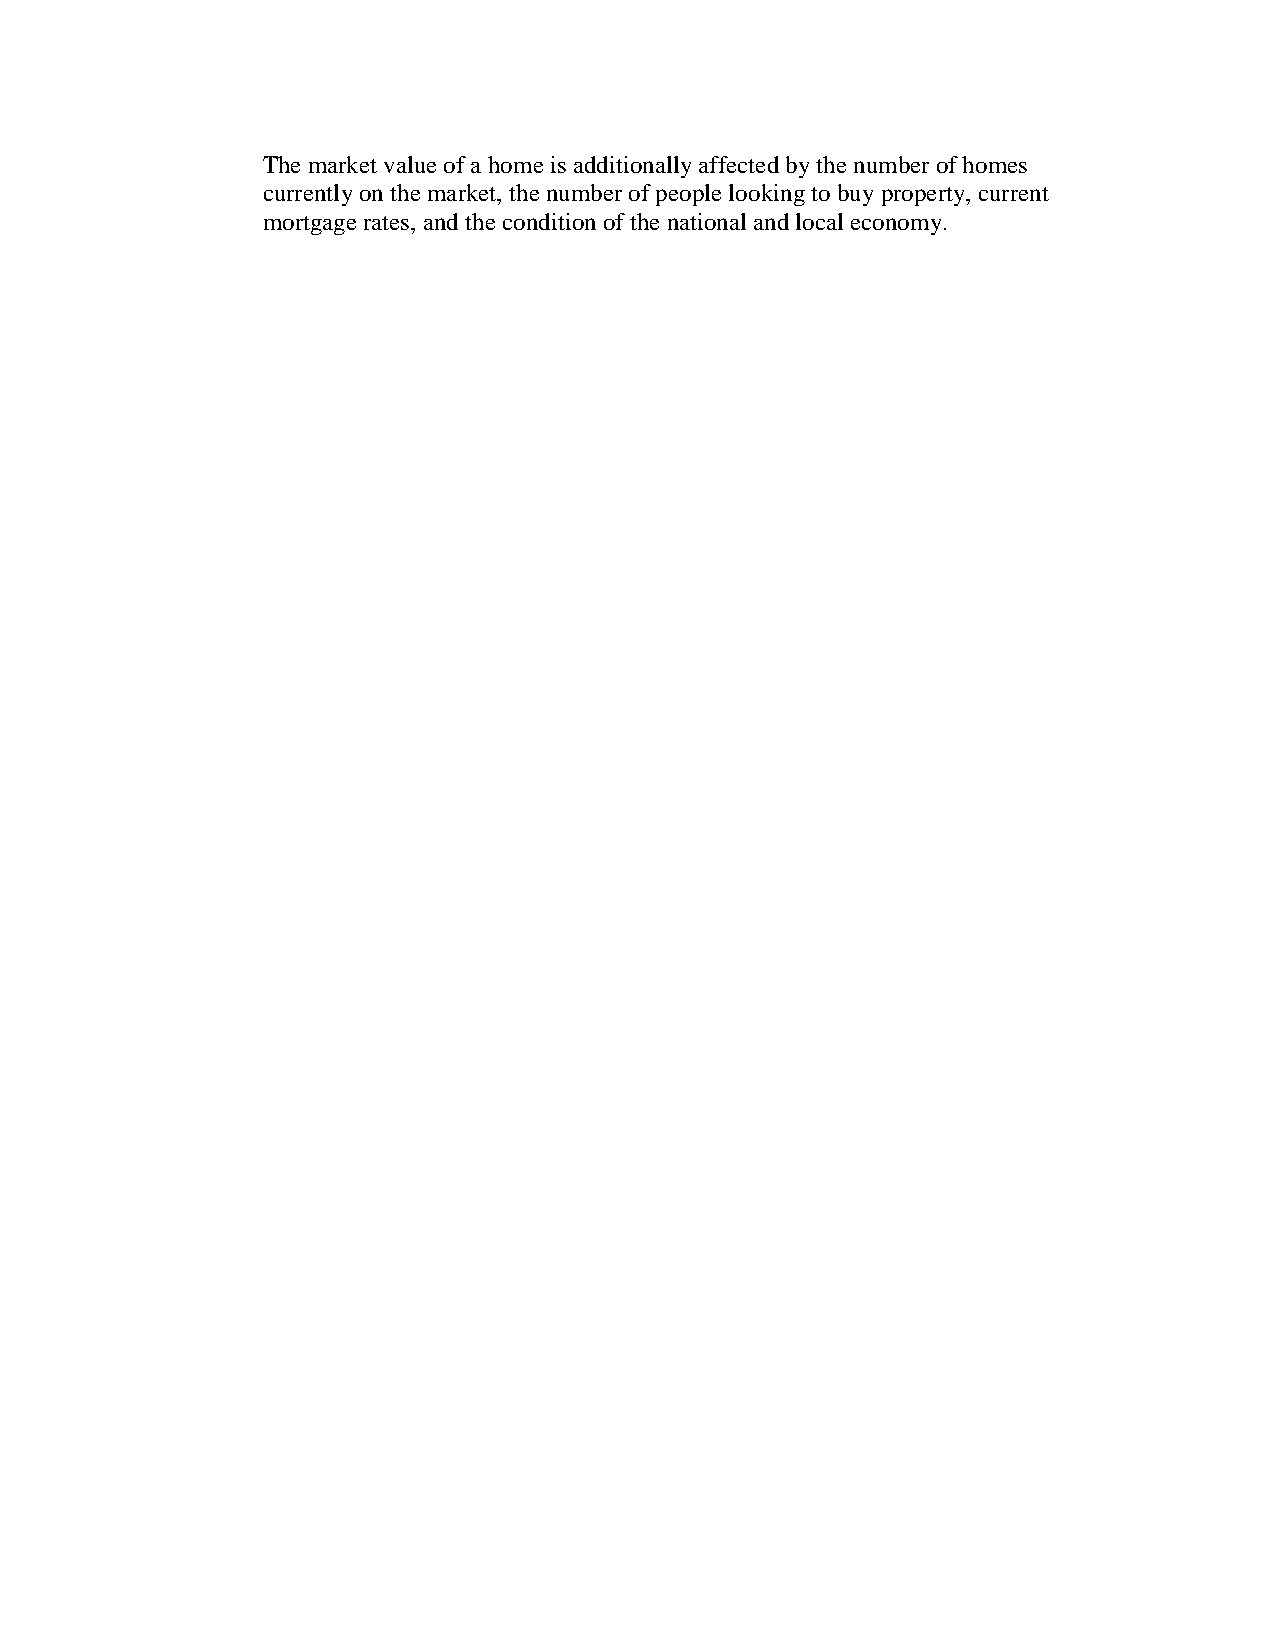
The market value of a home is additionally affected by the number of homes
 currently on the market, the number of people looking to buy property, current
 mortgage rates, and the condition of the national and local economy.